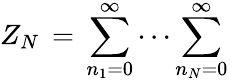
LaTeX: Z_{N}\, =\, \sum_{n_{1}=0}^{\infty}\cdots\sum_{n_{N}=0}^{\infty}\,